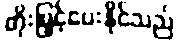
တိုးမြှင့်ပေးနိုင်သည်